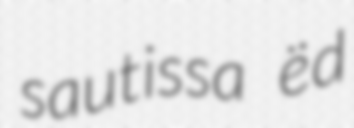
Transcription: sautissa ëd